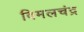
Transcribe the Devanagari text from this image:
विमलचंद्र